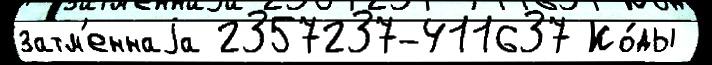
затм'еннаjа 2357237-411637 Ко́ды